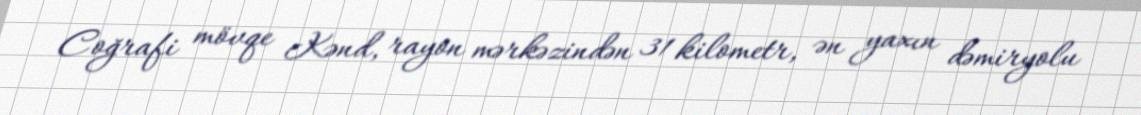
Coğrafi mövqe Kənd, rayon mərkəzindən 31 kilometr, ən yaxın dəmiryolu